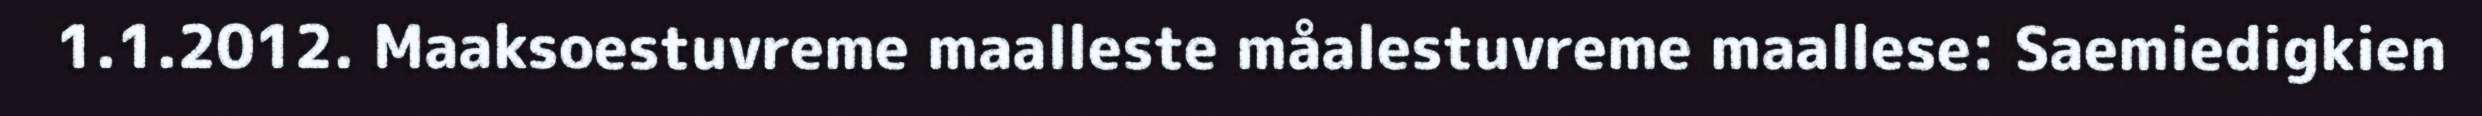
1.1.2012. Maaksoestuvreme maalleste måalestuvreme maallese: Saemiedigkien